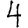
Digit: 4